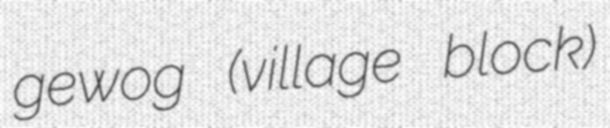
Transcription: gewog (village block)